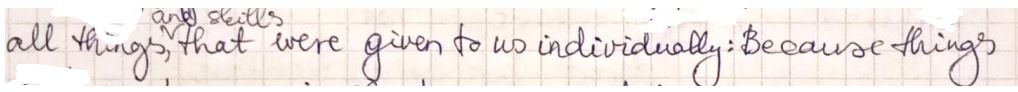
all thing that were given to us individually : because things